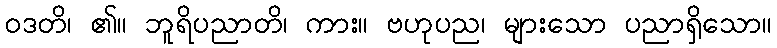
ဝဒတိ၊ ၏။ ဘူရိပညာတိ၊ ကား။ ဗဟုပည၊ များသော ပညာရှိသော။